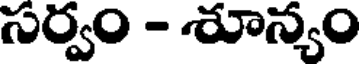
సర్వం - శూన్యం